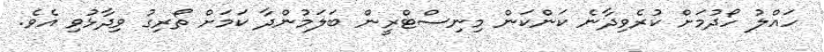
ހައްލު ހޯދުމަށް ކުރެވިދާނެ ކަންކަން މިނިސްޓްރީން ބަލަމުންދާ ކަމަށް ތޯރިގު ވިދާޅުވި އެވެ.